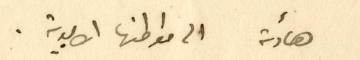
هادئة الى مواطنها الابدية